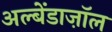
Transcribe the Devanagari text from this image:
अल्बेंडाज़ॉल